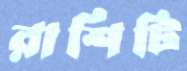
রাশিটি